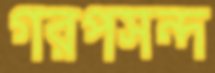
গরপসন্দ